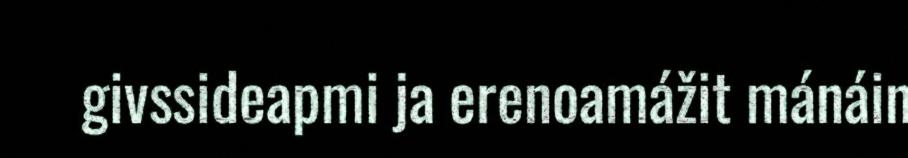
givssideapmi ja erenoamážit mánáin